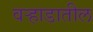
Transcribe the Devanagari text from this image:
वऱ्हाडातील